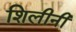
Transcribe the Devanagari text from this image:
शिलीनी